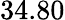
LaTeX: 34.80